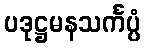
ပဒုဋ္ဌမနသင်္ကပ္ပံ